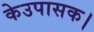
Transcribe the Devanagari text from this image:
केउपासक।